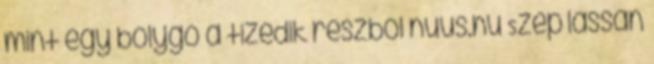
mint egy bolygó a tizedik részből nuus.hu Szép lassan